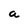
Character: a